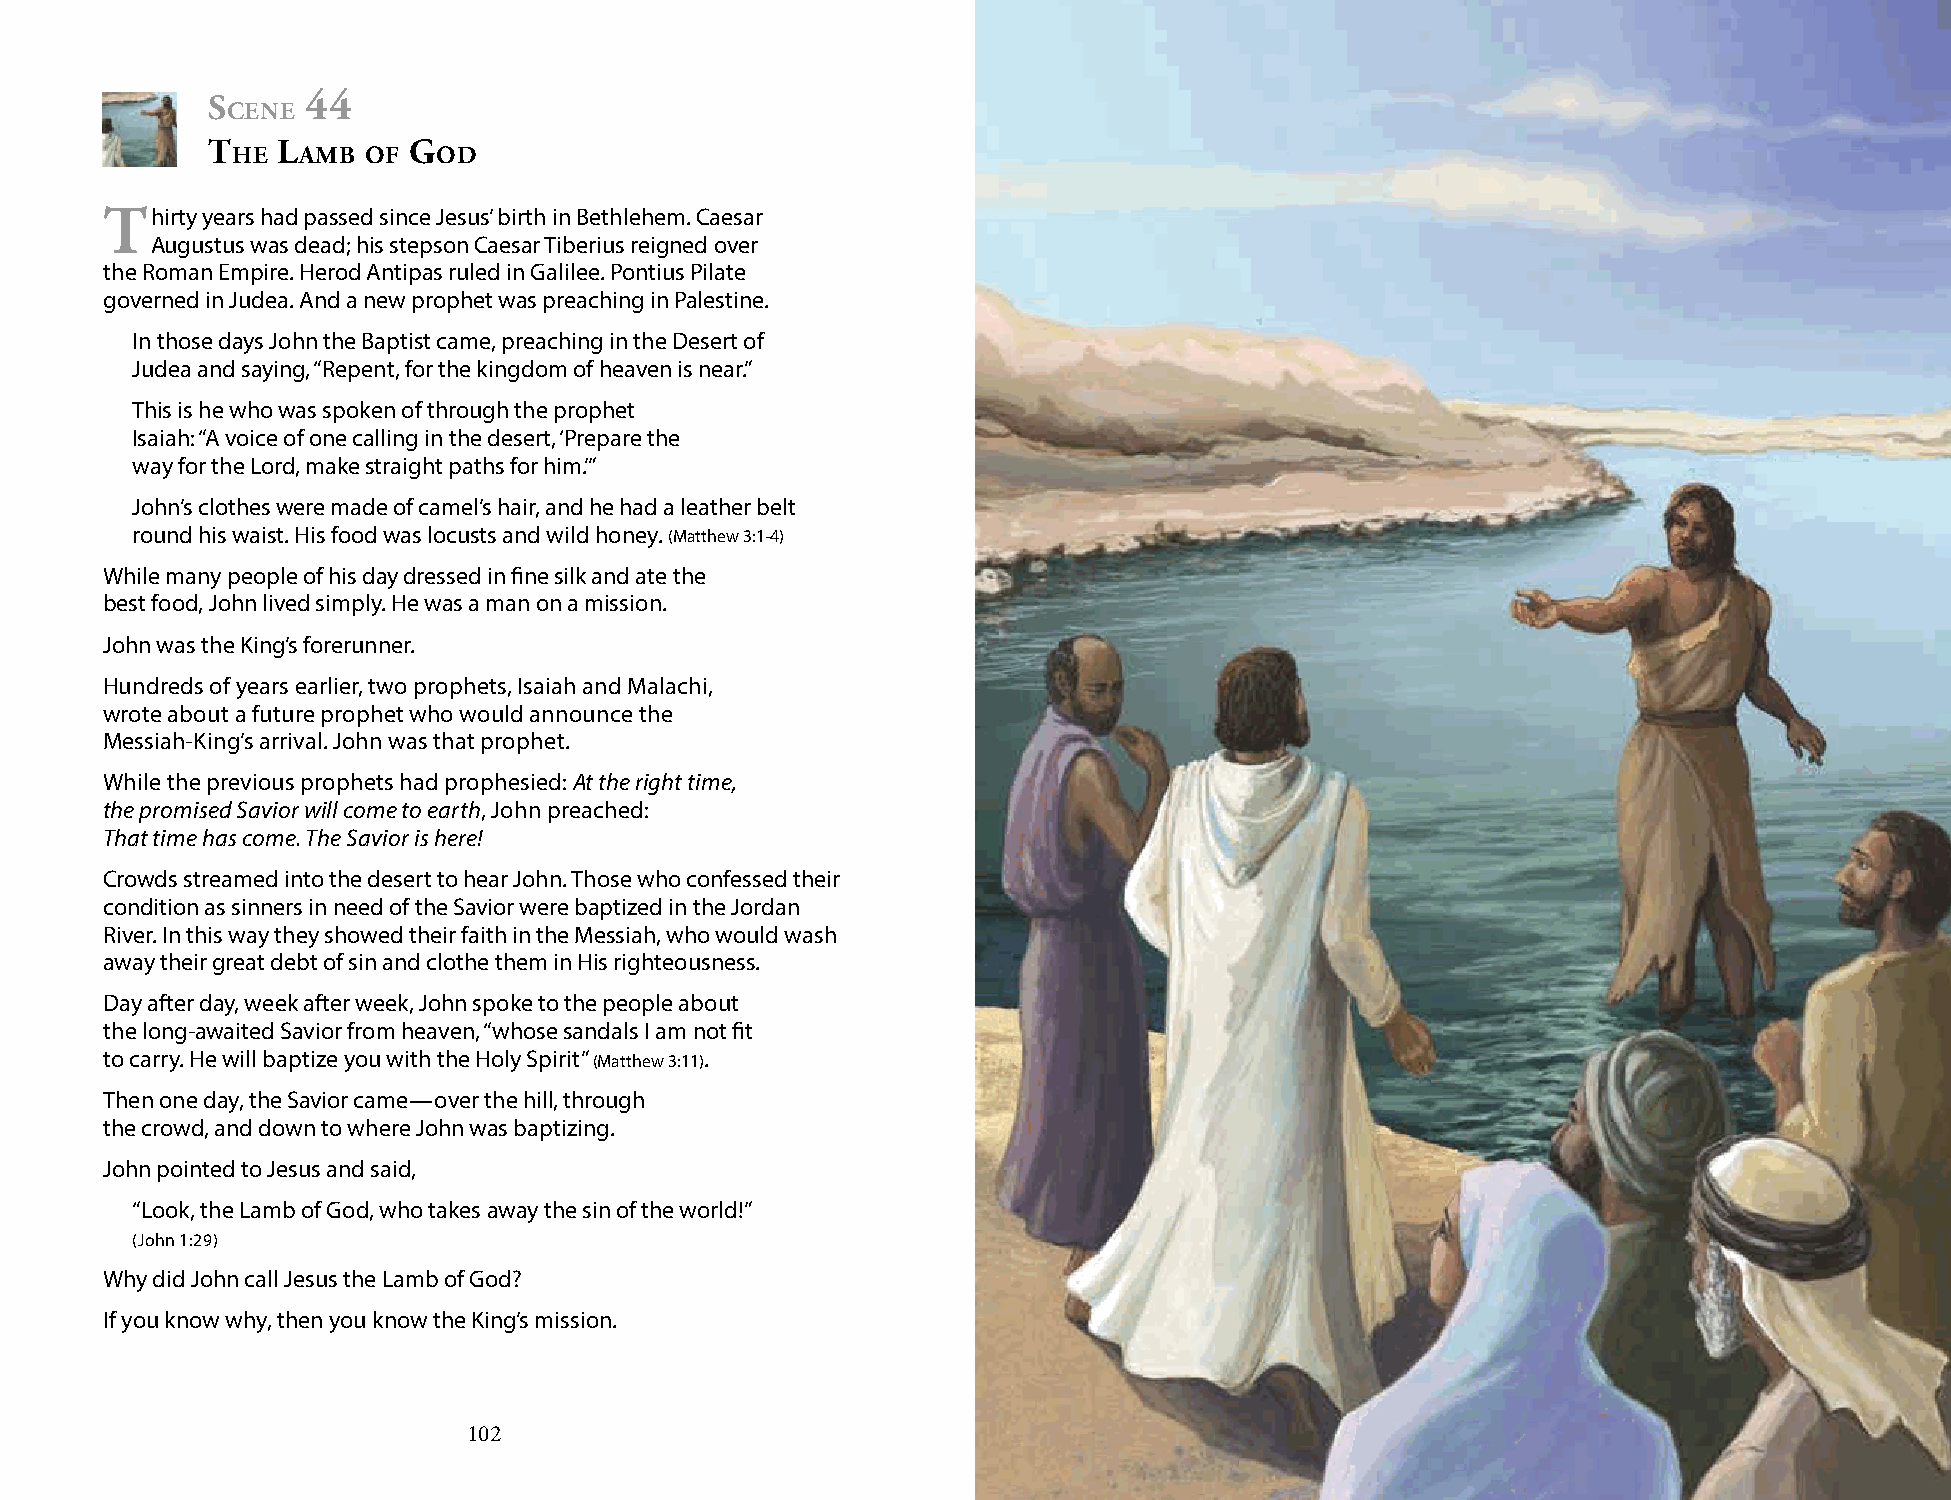
s     44
 cene
 t   l        g
 he   Amb of   od
 thirty years had passed since Jesus’ birth in Bethlehem. Caesar
 Augustus was dead; his stepson Caesar Tiberius reigned over
 the Roman Empire. Herod Antipas ruled in Galilee. Pontius Pilate
 governed in Judea. And a new prophet was preaching in Palestine.
 In those days John the Baptist came, preaching in the Desert of
 Judea and saying, “Repent, for the kingdom of heaven is near.”
 This is he who was spoken of through the prophet
 Isaiah: “A voice of one calling in the desert, ‘Prepare the
 way for the Lord, make straight paths for him.’”
 John’s clothes were made of camel’s hair, and he had a leather belt
 round his waist. His food was locusts and wild honey. (Matthew 3:1-4)
 While many people of his day dressed in fine silk and ate the
 best food, John lived simply. He was a man on a mission.
 John was the King’s forerunner.
 Hundreds of years earlier, two prophets, Isaiah and Malachi,
 wrote about a future prophet who would announce the
 Messiah-King’s arrival. John was that prophet.
 While the previous prophets had prophesied: At the right time,
 the promised Savior will come to earth, John preached:
 That time has come. The Savior is here!
 Crowds streamed into the desert to hear John. Those who confessed their
 condition as sinners in need of the Savior were baptized in the Jordan
 River. In this way they showed their faith in the Messiah, who would wash
 away their great debt of sin and clothe them in His righteousness.
 Day after day, week after week, John spoke to the people about
 the long-awaited Savior from heaven, “whose sandals I am not fit
 to carry. He will baptize you with the Holy Spirit” (Matthew 3:11).
 Then one day, the Savior came—over the hill, through
 the crowd, and down to where John was baptizing.
 John pointed to Jesus and said,
 “Look, the Lamb of God, who takes away the sin of the world!”
 (John 1:29)
 Why did John call Jesus the Lamb of God?
 If you know why, then you know the King’s mission.
 102